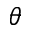
\theta